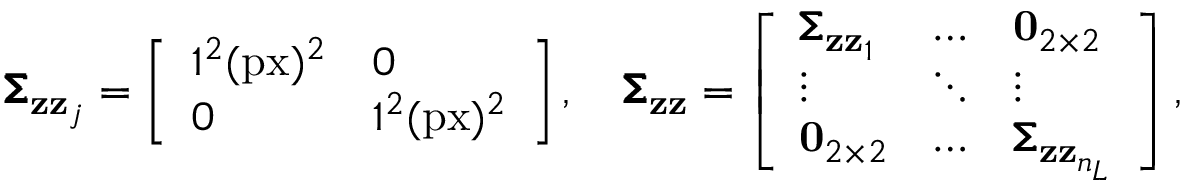
\pmb { \Sigma } _ { \mathbf { z } \mathbf { z } _ { j } } = \left[ \begin{array} { l l } { 1 ^ { 2 } ( \mathrm { p x } ) ^ { 2 } } & { 0 } \\ { 0 } & { 1 ^ { 2 } ( \mathrm { p x } ) ^ { 2 } } \end{array} \right] , \quad \pmb { \Sigma } _ { \mathbf { z } \mathbf { z } } = \left[ \begin{array} { l l l } { \pmb { \Sigma } _ { \mathbf { z } \mathbf { z } _ { 1 } } } & { \hdots } & { \mathbf { 0 } _ { 2 \times 2 } } \\ { \vdots } & { \ddots } & { \vdots } \\ { \mathbf { 0 } _ { 2 \times 2 } } & { \hdots } & { \pmb { \Sigma } _ { \mathbf { z } \mathbf { z } _ { n _ { L } } } } \end{array} \right] ,